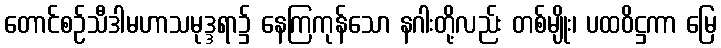
တောင်စဉ်သီဒါမဟာသမုဒ္ဒရာ၌ နေကြကုန်သော နဂါးတို့လည်း တစ်မျိုး၊ ပထဝိဋ္ဌကာ မြေ